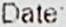
DATE: